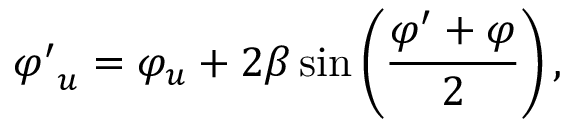
{ \varphi ^ { \prime } } _ { u } = \varphi _ { u } + 2 \beta \sin \left( { \frac { \varphi ^ { \prime } + \varphi } { 2 } } \right) ,